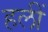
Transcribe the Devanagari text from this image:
हलीं